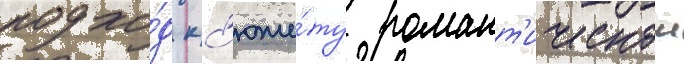
подхо́д к с'юже́ту романт'ическои